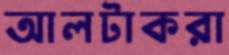
আলটাকরা